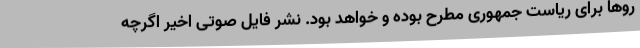
روها برای ریاست جمهوری مطرح بوده و خواهد بود. نشر فایل صوتی اخیر اگرچه